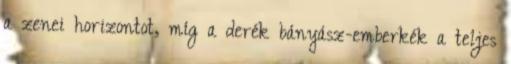
a zenei horizontot, míg a derék bányász-emberkék a teljes